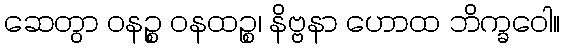
ဆေတွာ ဝနဉ္စ ဝနထဉ္စ၊ နိဗ္ဗနာ ဟောထ ဘိက္ခဝေါ။